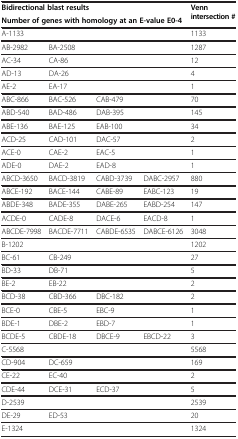
| <COLSPAN=4> Bidirectional blast results | Venn intersection # |
 | <COLSPAN=4> Number of genes with homology at an E-value E0-4 |  |
 | --- | --- | --- | --- | --- |
 | A-1133 |  |  |  | 1133 |
 | AB-2982 | BA-2508 |  |  | 1287 |
 | AC-34 | CA-86 |  |  | 12 |
 | AD-13 | DA-26 |  |  | 4 |
 | AE-2 | EA-17 |  |  | 1 |
 | ABC-866 | BAC-526 | CAB-479 |  | 70 |
 | ABD-540 | BAD-486 | DAB-395 |  | 145 |
 | ABE-136 | BAE-125 | EAB-100 |  | 34 |
 | ACD-25 | CAD-101 | DAC-57 |  | 2 |
 | ACE-0 | CAE-2 | EAC-5 |  | 1 |
 | ADE-0 | DAE-2 | EAD-8 |  | 1 |
 | ABCD-3650 | BACD-3819 | CABD-3739 | DABC-2957 | 880 |
 | ABCE-192 | BACE-144 | CABE-89 | EABC-123 | 19 |
 | ABDE-348 | BADE-355 | DABE-265 | EABD-254 | 147 |
 | ACDE-0 | CADE-8 | DACE-6 | EACD-8 | 1 |
 | ABCDE-7998 | BACDE-7711 | CABDE-6535 | DABCE-6126 | 3048 |
 | B-1202 |  |  |  | 1202 |
 | BC-61 | CB-249 |  |  | 27 |
 | BD-33 | DB-71 |  |  | 5 |
 | BE-2 | EB-22 |  |  | 2 |
 | BCD-38 | CBD-366 | DBC-182 |  | 2 |
 | BCE-0 | CBE-5 | EBC-9 |  | 1 |
 | BDE-1 | DBE-2 | EBD-7 |  | 1 |
 | BCDE-5 | CBDE-18 | DBCE-9 | EBCD-22 | 3 |
 | C-5568 |  |  |  | 5568 |
 | CD-904 | DC-659 |  |  | 169 |
 | CE-22 | EC-40 |  |  | 2 |
 | CDE-44 | DCE-31 | ECD-37 |  | 5 |
 | D-2539 |  |  |  | 2539 |
 | DE-29 | ED-53 |  |  | 20 |
 | E-1324 |  |  |  | 1324 |